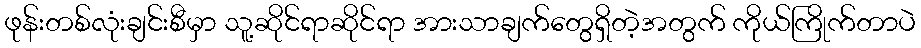
ဖုန်းတစ်လုံးချင်းစီမှာ သူ့ဆိုင်ရာဆိုင်ရာ အားသာချက်တွေရှိတဲ့အတွက် ကိုယ်ကြိုက်တာပဲ